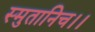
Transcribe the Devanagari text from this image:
स्मुतानिच।।